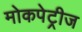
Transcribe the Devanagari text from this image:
मोकपेट्रीज